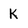
Character: K